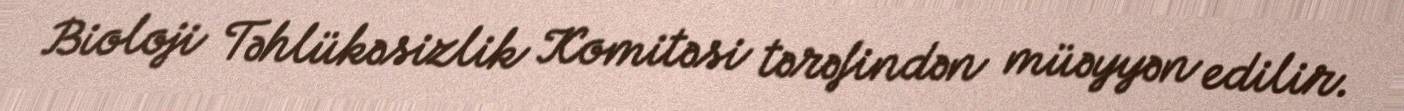
Bioloji Təhlükəsizlik Komitəsi tərəfindən müəyyən edilir.